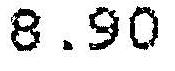
8.90